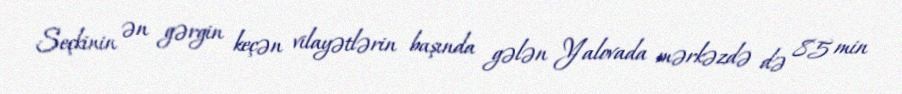
Seçkinin ən gərgin keçən vilayətlərin başında gələn Yalovada mərkəzdə də 85 min